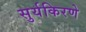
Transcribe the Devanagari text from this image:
सुर्यकिरणे